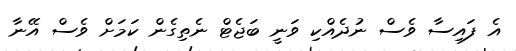
އެ ފައިސާ ވެސް ނުދެއްކި ވަނީ ބަޖެޓް ނެތިގެން ކަމަށް ވެސް އޭނާ